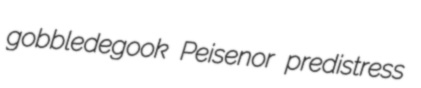
gobbledegook Peisenor predistress